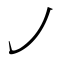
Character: ㇢